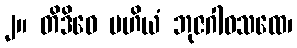
၂။ တိဒိဝေ မဟိယံ ဘုဇဂါဝသထေ၊